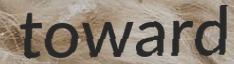
toward